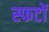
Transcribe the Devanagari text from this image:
स्फटों